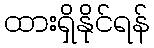
ထားရှိနိုင်ရန်